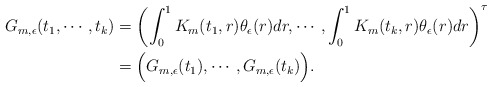
\begin{align*}\begin{aligned}G_{m,\epsilon}(t_1,\cdots, t_k)&=\left(\int^{1}_{0}K_{m}(t_1,r)\theta_{\epsilon}(r)dr,\cdots, \int^{1}_{0}K_{m}(t_k,r)\theta_{\epsilon}(r)dr\right)^{\tau}\\&=\Big(G_{m,\epsilon}(t_1),\cdots,G_{m,\epsilon}(t_k)\Big).\end{aligned}\end{align*}